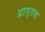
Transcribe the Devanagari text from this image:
प्राप्तज